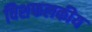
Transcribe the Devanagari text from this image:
विशफलकीय